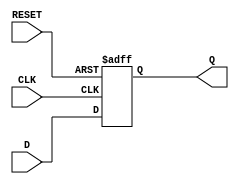
module FlipFlopRegister #(
    parameter N = 8  // Parameter to define the width of the register
)(
    input wire [N-1:0] D,    // Data input
    input wire CLK,           // Clock input
    input wire RESET,         // Synchronous reset input
    output reg [N-1:0] Q      // Data output
);

    // Always block triggered on the rising edge of the clock or reset
    always @(posedge CLK or posedge RESET) begin
        if (RESET) begin
            Q <= {N{1'b0}};    // Reset the register to 0
        end else begin
            Q <= D;            // Load data on clock edge
        end
    end

endmodule